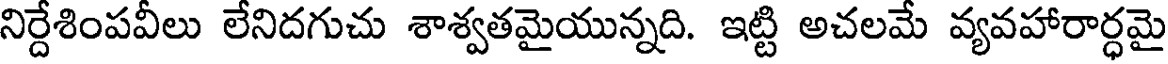
నిర్దేశింపవీలు లేనిదగుచు శాశ్వతమైయున్నది. ఇట్టి అచలమే వ్యవహారార్ధమై